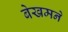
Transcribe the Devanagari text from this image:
बेखमने